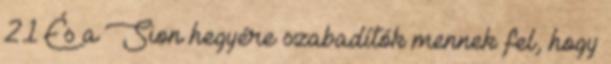
21 És a Sion hegyére szabadítók mennek fel, hogy